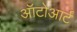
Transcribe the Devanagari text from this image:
ऑटोआर्ट